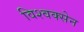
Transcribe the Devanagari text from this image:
विश्वक्सेन